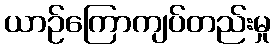
ယာဉ်ကြောကျပ်တည်းမှု